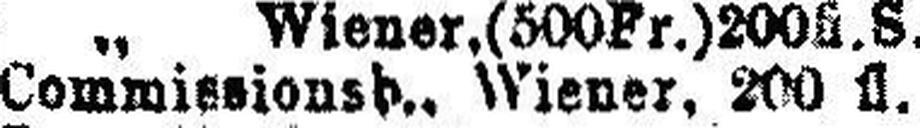
Commissionsb., Wiener, 200 fl.